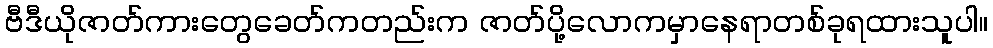
ဗီဒီယိုဇာတ်ကားတွေခေတ်ကတည်းက ဇာတ်ပို့လောကမှာနေရာတစ်ခုရထားသူပါ။